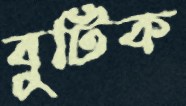
বুটিক